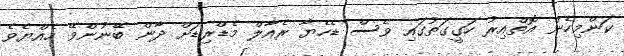
ކަންމިހެން އޮތްއިރު ހަގީގަތުގައި ވެސް ޑެހެޔާ ރެއާލް މެޑްރިޑަށް ދާން ބޭނުންވޭ ހެއްޔެވެ